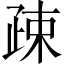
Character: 疎